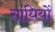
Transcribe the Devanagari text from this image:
सांधियों